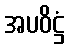
အပဝိဋ္ဌံ